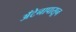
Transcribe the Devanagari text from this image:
अँटेनापासून